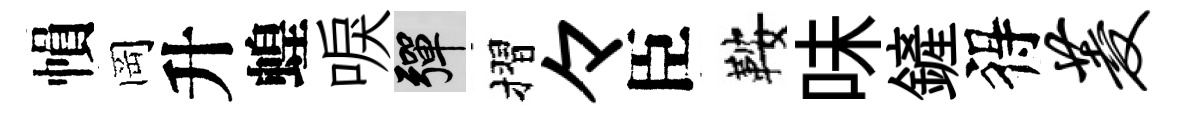
𢄙岡升蝗唳彈摺々臣鞍味鏟得菱